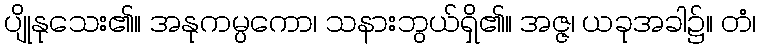
ပျိုနုသေး၏။ အနုကမ္ပကော၊ သနားဘွယ်ရှိ၏။ အဇ္ဇ၊ ယခုအခါ၌။ တံ၊